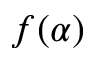
f ( \alpha )